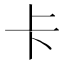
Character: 卡